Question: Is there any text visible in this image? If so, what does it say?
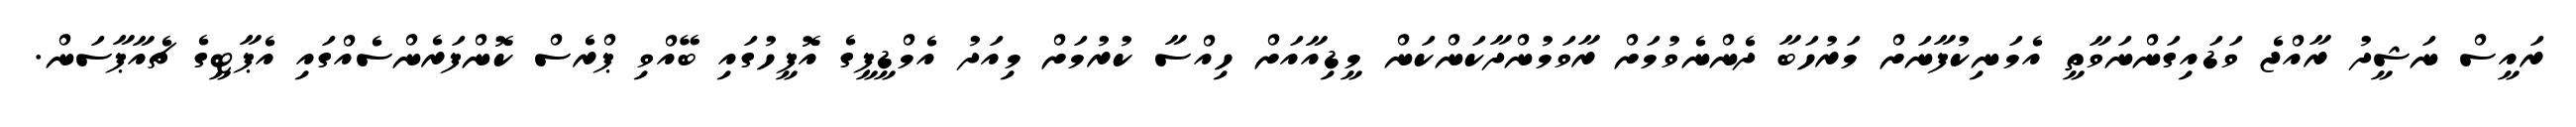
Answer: ރައީސް ނަޝީދު ރާއްޖެ ވަޑައިގަންނަވާތީ އެމަނިކުފާނަށް މަރުހަބާ ދެންނެވުމަށް ރާވަމުންދާކަންކަން މީޑިއާއަށް ހިއްސާ ކުރުމަށް މިއަދު އެމްޑީޕީގެ އޮފީހުގައި ބޭއްވި ޕްރެސް ކޮންފަރެންސެއްގައި އެޕާޓީގެ ޗެއާޕާސަން.